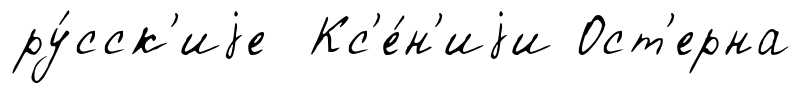
ру́сск'иjе Кс'е́н'иjи Ост'ерна